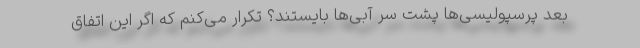
بعد پرسپولیسی‌ها پشت سر آبی‌ها بایستند؟ تکرار می‌کنم که اگر این اتفاق